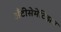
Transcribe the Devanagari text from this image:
अँटीसेमेटिझम